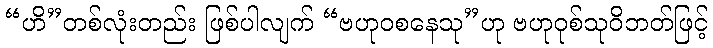
“ဟိ”တစ်လုံးတည်း ဖြစ်ပါလျက် “ဗဟုဝစနေသု”ဟု ဗဟုဝုစ်သုဝိဘတ်ဖြင့်